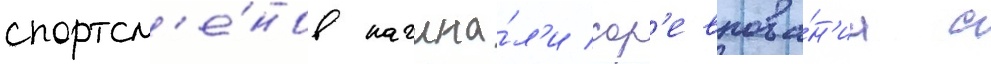
спортсм'е́нов начина́л'и сор'евнова́н'иа с